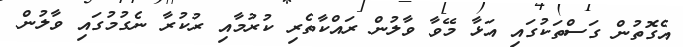
އެގޮތުން ގަސްތަކުގައި އަޅާ މޭވާ ވާލުން ރައްކާތެރި ކުރުމާއި ރުކުރާ ނެގުމުގައި ވާލުން